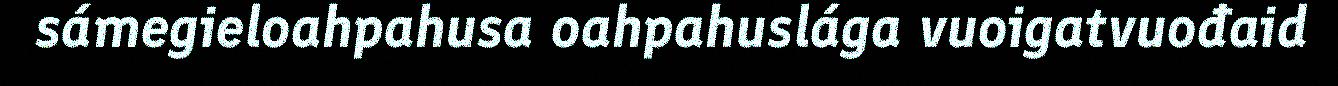
sámegieloahpahusa oahpahuslága vuoigatvuođaid